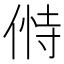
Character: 𬾸